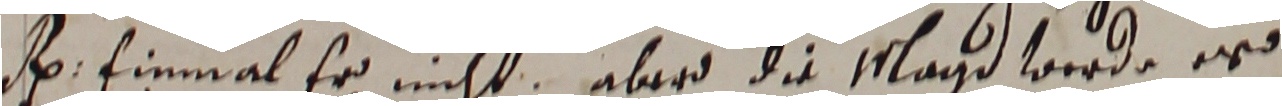
. Einmal er nicht, aberd die magd werde er